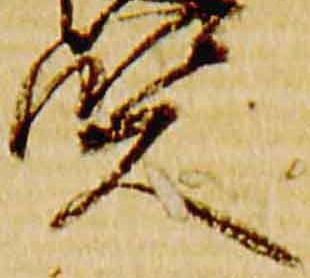
賢